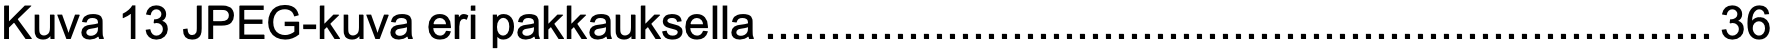
Kuva 13 JPEG-kuva eri pakkauksella.........................................................................36